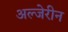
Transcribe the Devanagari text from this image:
अल्जेरीन